system: You are a helpful assistant.
user:
Analyze the provided spectrum to determine if it is a **Carbon Star (C-type)**.

- **Key Visual Indicators of Carbon Star:**
    - **(Primary):** Strong molecular absorption from **C₂ (diatomic carbon) "Swan Bands."** This is the **defining feature** of a carbon star.
        - **(Key Bandheads):** Sharp absorption edges are visible at approximately $5635$ Å, $5165$ Å (the strongest band), and $4737$ Å.
        - **(Line Profile):** Creates a distinct **"saw-tooth"** pattern. The key morphology is a sharp, steep bandhead on the **red (long-wavelength) side**, which then gradually tapers off (i.e., flux recovers) towards the **blue (short-wavelength) side**. *(This is the direct opposite of the TiO bands seen in M-type stars)*.

    - **(Secondary):** Intense **CN (cyanogen)** molecular absorption bands.
        - **(Key Bandheads):** Located in the blue and violet regions of the spectrum (e.g., near $4215$ Å and $3883$ Å).
        - **(Morphology):** These bands are extremely broad and act as a "blanket," absorbing the vast majority of blue and violet light. This creates a characteristic **"cliff"** or **"steep drop-off"** in the spectrum's flux at short wavelengths.

    - **(Key Confirmation):** Strong **CH absorption band (G-band)**.
        - **(Key Bandhead):** Located around $4300$ Å. The contribution from CH molecules to this band is exceptionally strong.

    - **(Overall Spectrum):**
        - The continuum is severely "chopped up" by these deep molecular bands, especially C₂, rather than appearing as a smooth curve.
        - Due to the heavy CN and C₂ absorption in the blue-green, the vast majority of the star's flux is concentrated in the red part of the spectrum, giving the star its characteristic deep red color.

Think first, call **spectral_visualization_tool** if needed to examine features in detail, then provide your final answer. Your response must adhere to the following strict rules:
1.  **Overall Structure:** Your response must follow the format `<think>...</think> <tool_call>...</tool_call> (if a tool is used) <answer>...</answer>`.
2.  **Tool Usage Constraint:** You may only make **one** tool call per turn.
3.  **Final Answer Format:** In the `<answer>` tag, your conclusion must be inside a `\boxed{}` command (e.g., `\boxed{YES}`), followed by your justification.

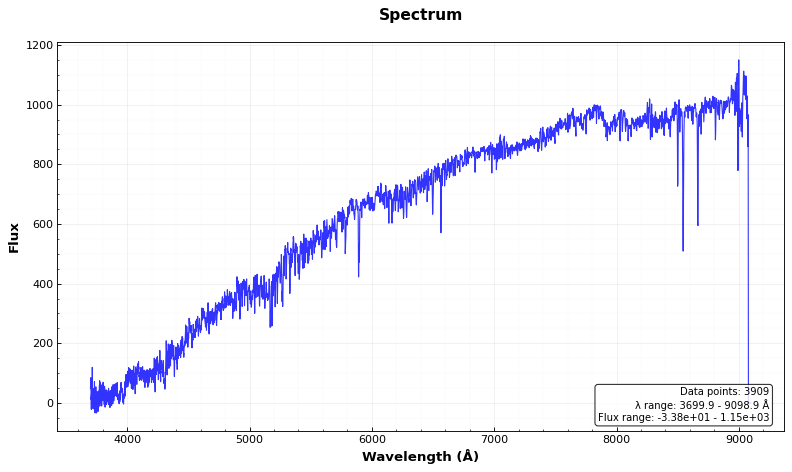
Answer: NO